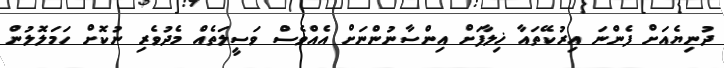
ދުނިޔެއަށް ފެންނަ އިރުކޭތައާ ޚިލާފަށް އިންސާނުންނަށް އެއްވެސް ވަސީލަތެއް މެދުވެރި ނުކޮށް ހަމަލޮލުން